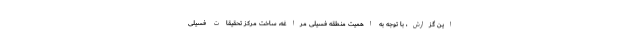
این گزارش، با توجه به اهمیت منطقه فسیلی مراغه، ساخت مرکز تحقیقات فسیلی